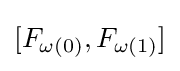
[F_{\omega (0)},F_{\omega (1)}]